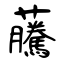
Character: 虅